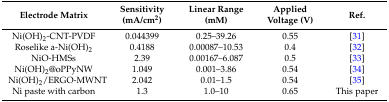
| Electrode Matrix | Sensitivity (mA/cm2) | Linear Range (mM) | Applied Voltage (V) | Ref. |
 | --- | --- | --- | --- | --- |
 | Ni(OH)2-CNT-PVDF | 0.044399 | 0.25–39.26 | 0.55 | [31] |
 | Roselike a-Ni(OH)2 | 0.4188 | 0.00087–10.53 | 0.4 | [32] |
 | NiO-HMSs | 2.39 | 0.00167–6.087 | 0.5 | [33] |
 | Ni(OH)2@oPPyNW | 1.049 | 0.001–3.86 | 0.54 | [34] |
 | Ni(OH)2/ERGO-MWNT | 2.042 | 0.01–1.5 | 0.54 | [35] |
 | Ni paste with carbon | 1.3 | 1.0–10 | 0.65 | This paper |